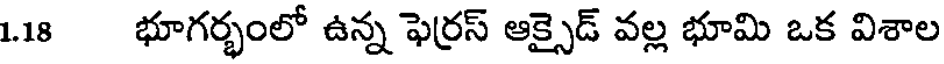
1.18 భూగర్భంలో ఉన్న ఫెర్రస్ ఆక్సైడ్ వల్ల భూమి ఒక విశాల